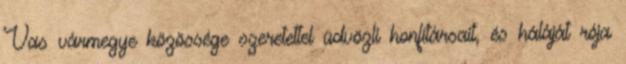
Vas vármegye közössége szeretettel üdvözli honfitársait, és háláját rója